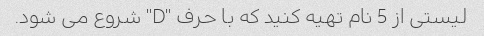
لیستی از 5 نام تهیه کنید که با حرف "D" شروع می شود.